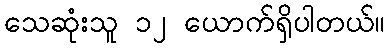
သေဆုံးသူ ၁၂ ယောက်ရှိပါတယ်။